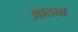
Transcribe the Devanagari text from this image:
आठ्या